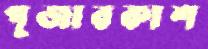
পূজাবকাশ